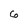
Character: 6